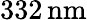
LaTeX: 332\, \mathrm{nm}